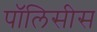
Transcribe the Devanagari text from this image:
पॉलिसीस